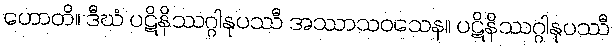
ဟောတိ။ ဒီဃံ ပဋိနိဿဂ္ဂါနုပဿီ အဿာသဝသေန။ ပဋိနိဿဂ္ဂါနုပဿီ